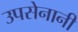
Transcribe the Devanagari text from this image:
उपसेनानी